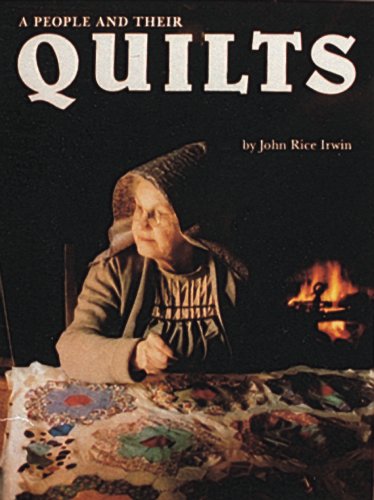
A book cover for A People and Their Quilts; John Rice Irwin; Crafts, Hobbies & Home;